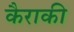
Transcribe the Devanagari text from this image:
कैराकी